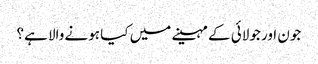
جون اور جولائی کے مہینے میں کیا ہونے والا ہے؟